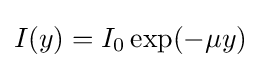
I(y)=I_{0}\exp(-\mu y)